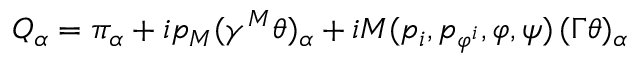
Q _ { \alpha } = \pi _ { \alpha } + i p _ { M } ( \gamma ^ { M } \theta ) _ { \alpha } + i M ( p _ { i } , p _ { \varphi ^ { i } } , \varphi , \psi ) \, ( \Gamma \theta ) _ { \alpha } \,